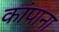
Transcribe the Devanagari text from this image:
कांपाना